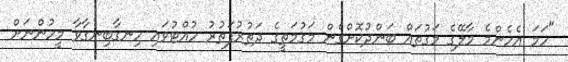
"ހަމަ އެހެންމެ މާލޭގެ މަގުތައް ބަންދުކޮށްގެން މަގުމަތީގެ ދަތުރުފަތުރު ހުއްޓުވައި ހިނގާބިނގާވާ މީހުންނަށް